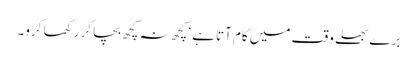
برے بھلے وقت میں کام آتا ہے‘ کچھ نہ کچھ بچا کر رکھا کرو۔